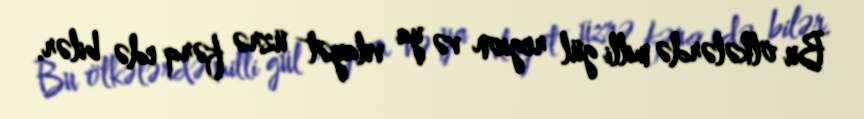
Bu ölkələrdə milli gül region və ya vilayət üzrə fərq edə bilər.